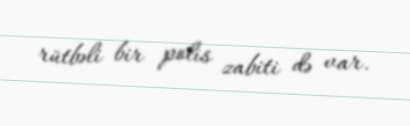
rütbəli bir polis zabiti də var.